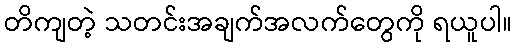
တိကျတဲ့ သတင်းအချက်အလက်တွေကို ရယူပါ။